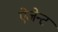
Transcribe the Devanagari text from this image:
ऐजेन्‍ट